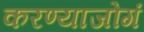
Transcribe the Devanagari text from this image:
करण्याजोगं